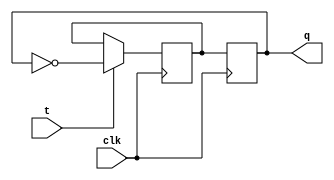
module tff (
    input t,
    input clk,
    output reg q
);

reg q_temp;

always @(posedge clk) begin
    if (t == 1'b1) begin
        q_temp <= ~q;
    end
end

always @(posedge clk) begin
    q <= q_temp;
end

endmodule